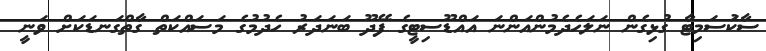
ސާކަުސަމިޓާ ގުޅިގެން ނަލަހެދެމުންއަންނަ އައްޑޫސިޓީގެ ފޭދޫ ބަނަދަރު ހެދުމުގެ މަސައްކަތް ގާތްގަނޑަކަށް ވަނީ